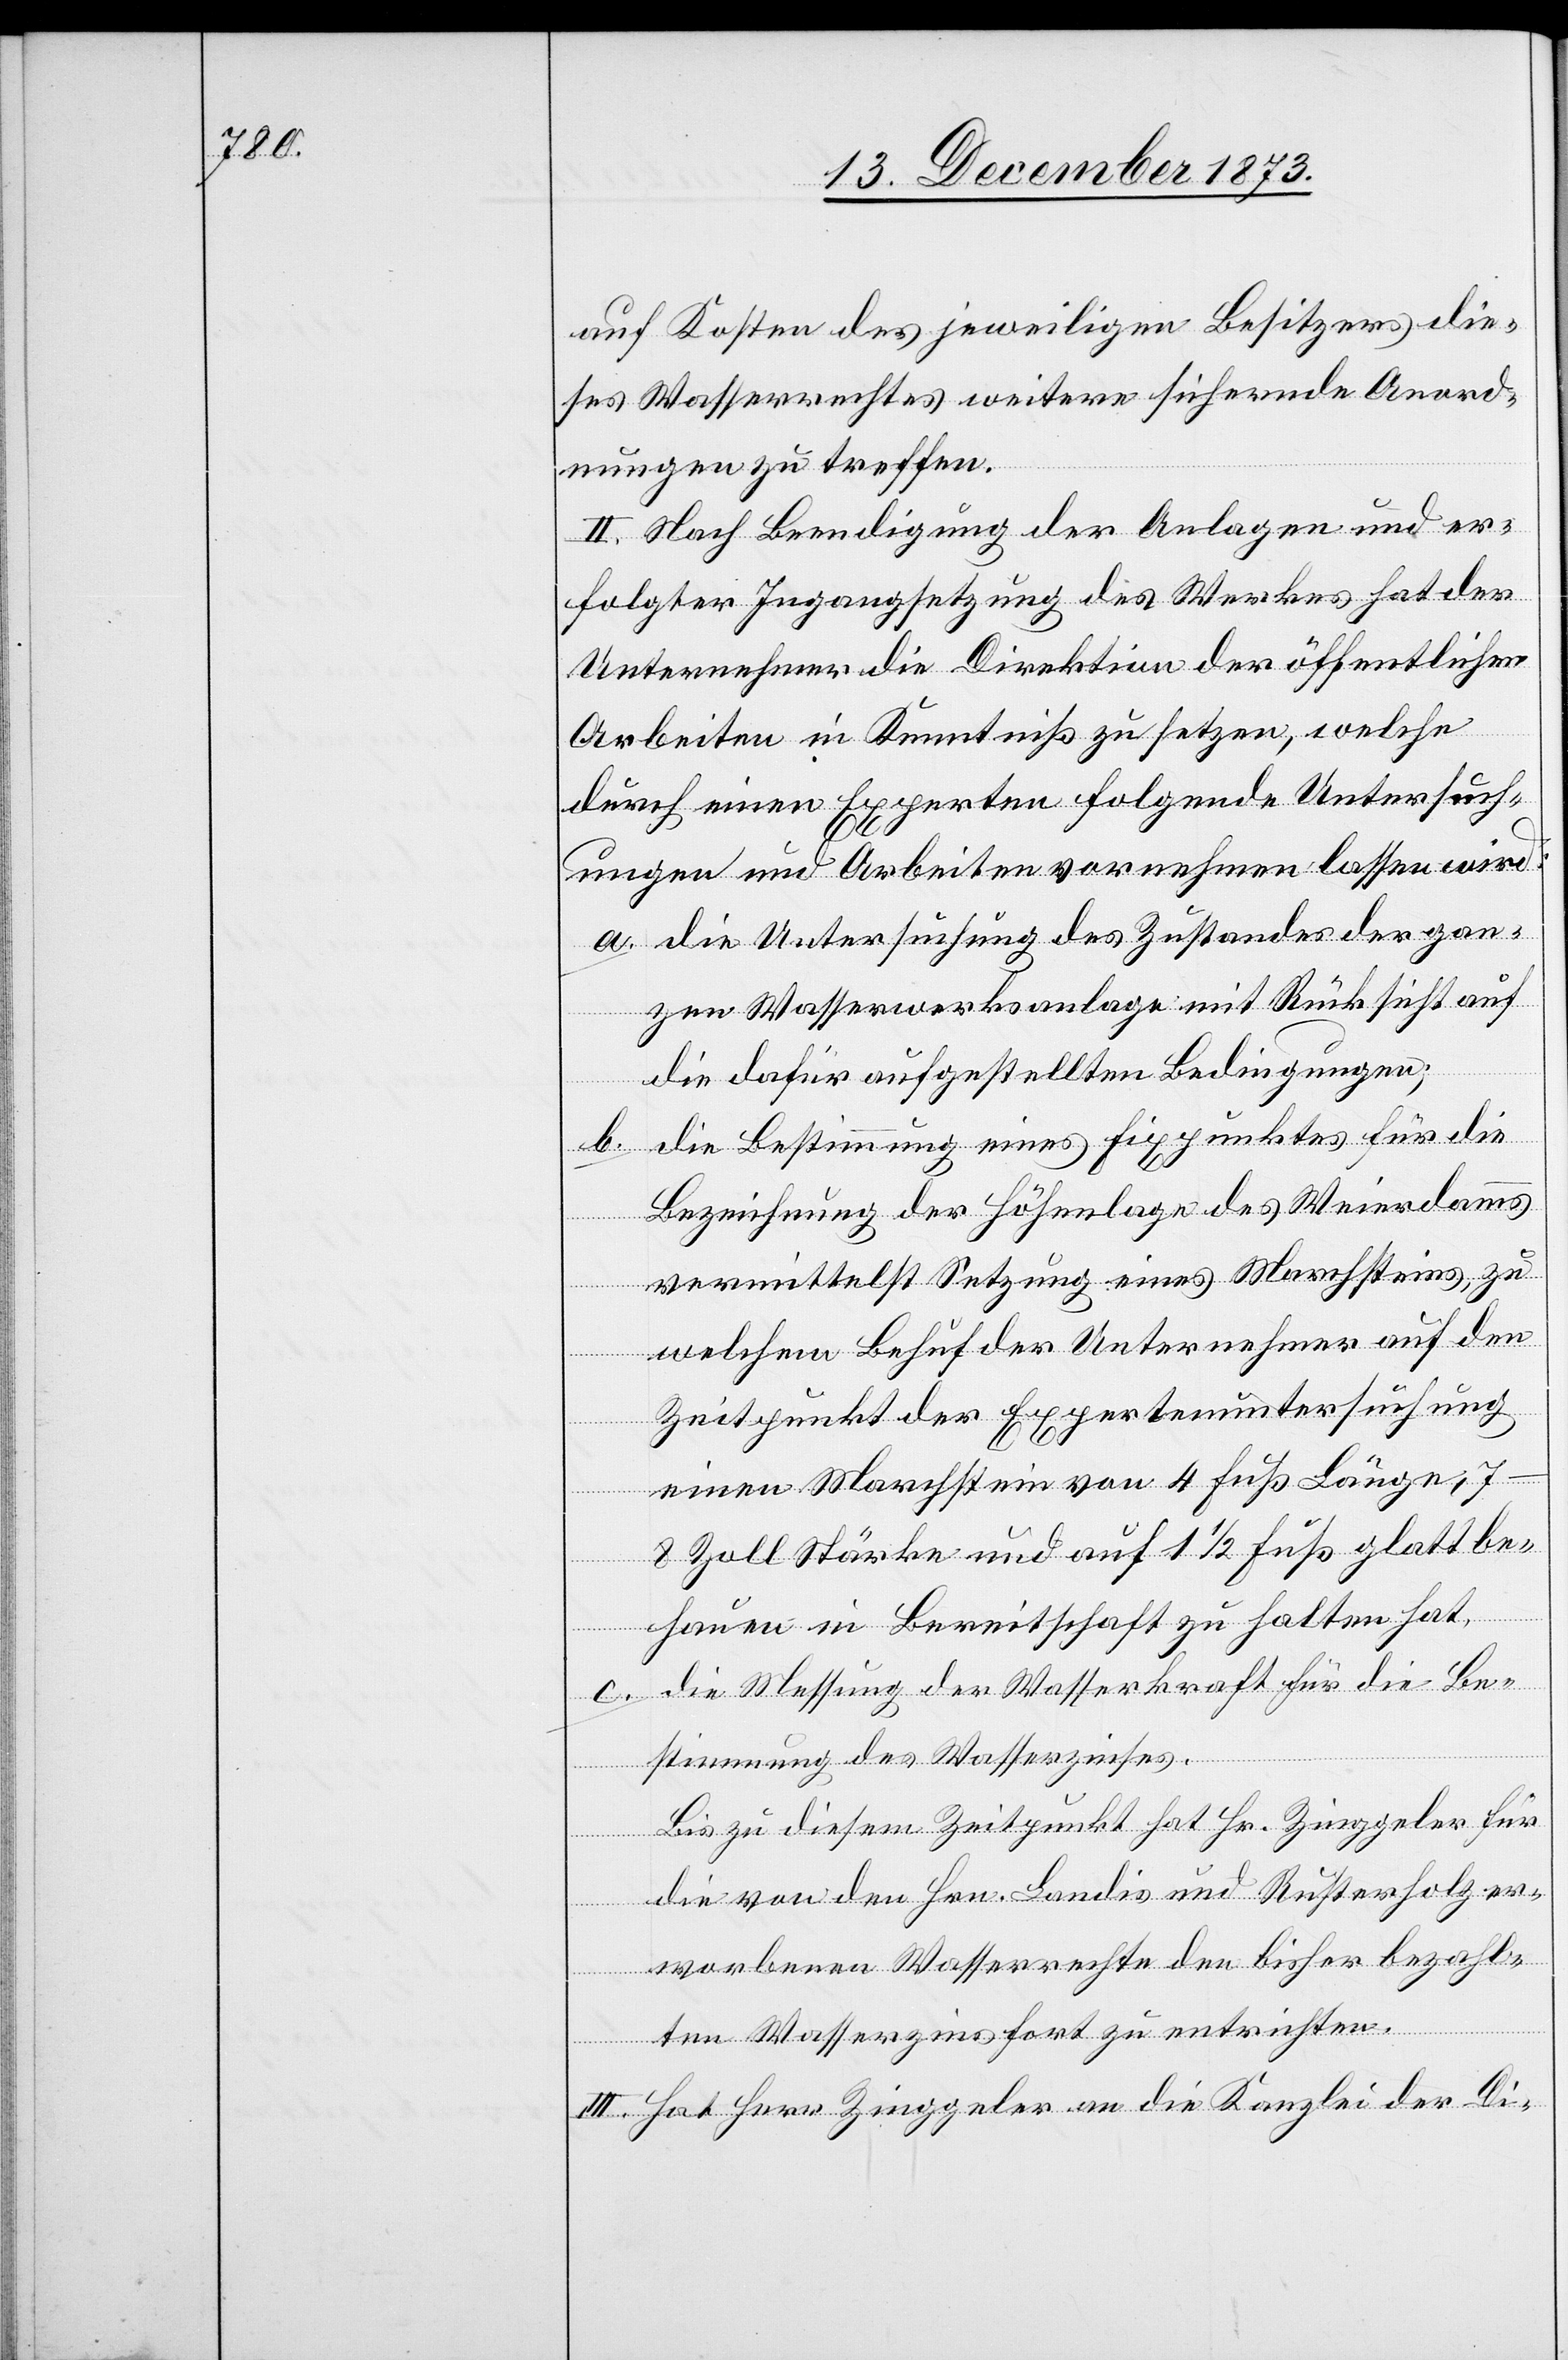
auf Kosten des jeweiligen Besitzers die¬
ses Wasserrechtes weitere sichernde Anord¬
nungen zu treffen.
II. Nach Beendigung der Anlagen und er¬
folgter Ingangsetzung des Werkes hat der
Unternehmer die Direktion der öffentlichen
Arbeiten in Kenntniß zu setzen, welche
durch einen Experten folgende Untersuch¬
ungen und Arbeiten vornehmen lassen wird:
a. die Untersuchung des Zustandes der gan¬
zen Wasserwerksanlage mit Rücksicht auf
die dafür aufgestellten Bedingungen;
die Bestimmung eines Fixpunktes für die
b.
Bezeichnung der Höhenlage des Weierdamms
vermittelst Setzung eines Marchsteins, zu
welchem Behuf der Unternehmer auf den
Zeitpunkt der Expertenuntersuchung
einen Marchstein von 4 Fuß Länge,
7–8 Zoll Stärke und auf 1 1/2 Fuß glatt be¬
hauen in Bereitschaft zu halten hat,
c. die Messung der Wasserkraft für die Be¬
stimmung des Wasserzinses.
Bis zu diesem Zeitpunkt hat Hr. Zinggeler für
die von den Hrn. Landis und Rusterholz er¬
worbenen Wasserrechte den bisher bezahl¬
ten Wasserzins fort zu entrichten.
III. Hat Herr Zinggeler an die Kanzlei der Di-